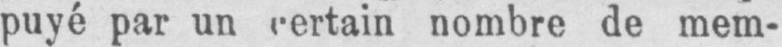
puyé par un certain nombre de mem-